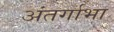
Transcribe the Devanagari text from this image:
अंतर्गाभा